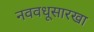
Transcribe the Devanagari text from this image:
नववधूसारखा